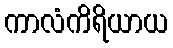
ကာလံကိရိယာယ